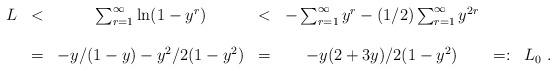
LaTeX: \begin{align*}\begin{array}{ccccccc}L&<&\sum _{r=1}^{\infty}\ln (1-y^r) &<&-\sum _{r=1}^{\infty}y^r-(1/2)\sum _{r=1}^{\infty}y^{2r}&&\\ \\ &=&-y/(1-y)-y^2/2(1-y^2)&=&-y(2+3y)/2(1-y^2)&=:&L_0~.\end{array}\end{align*}